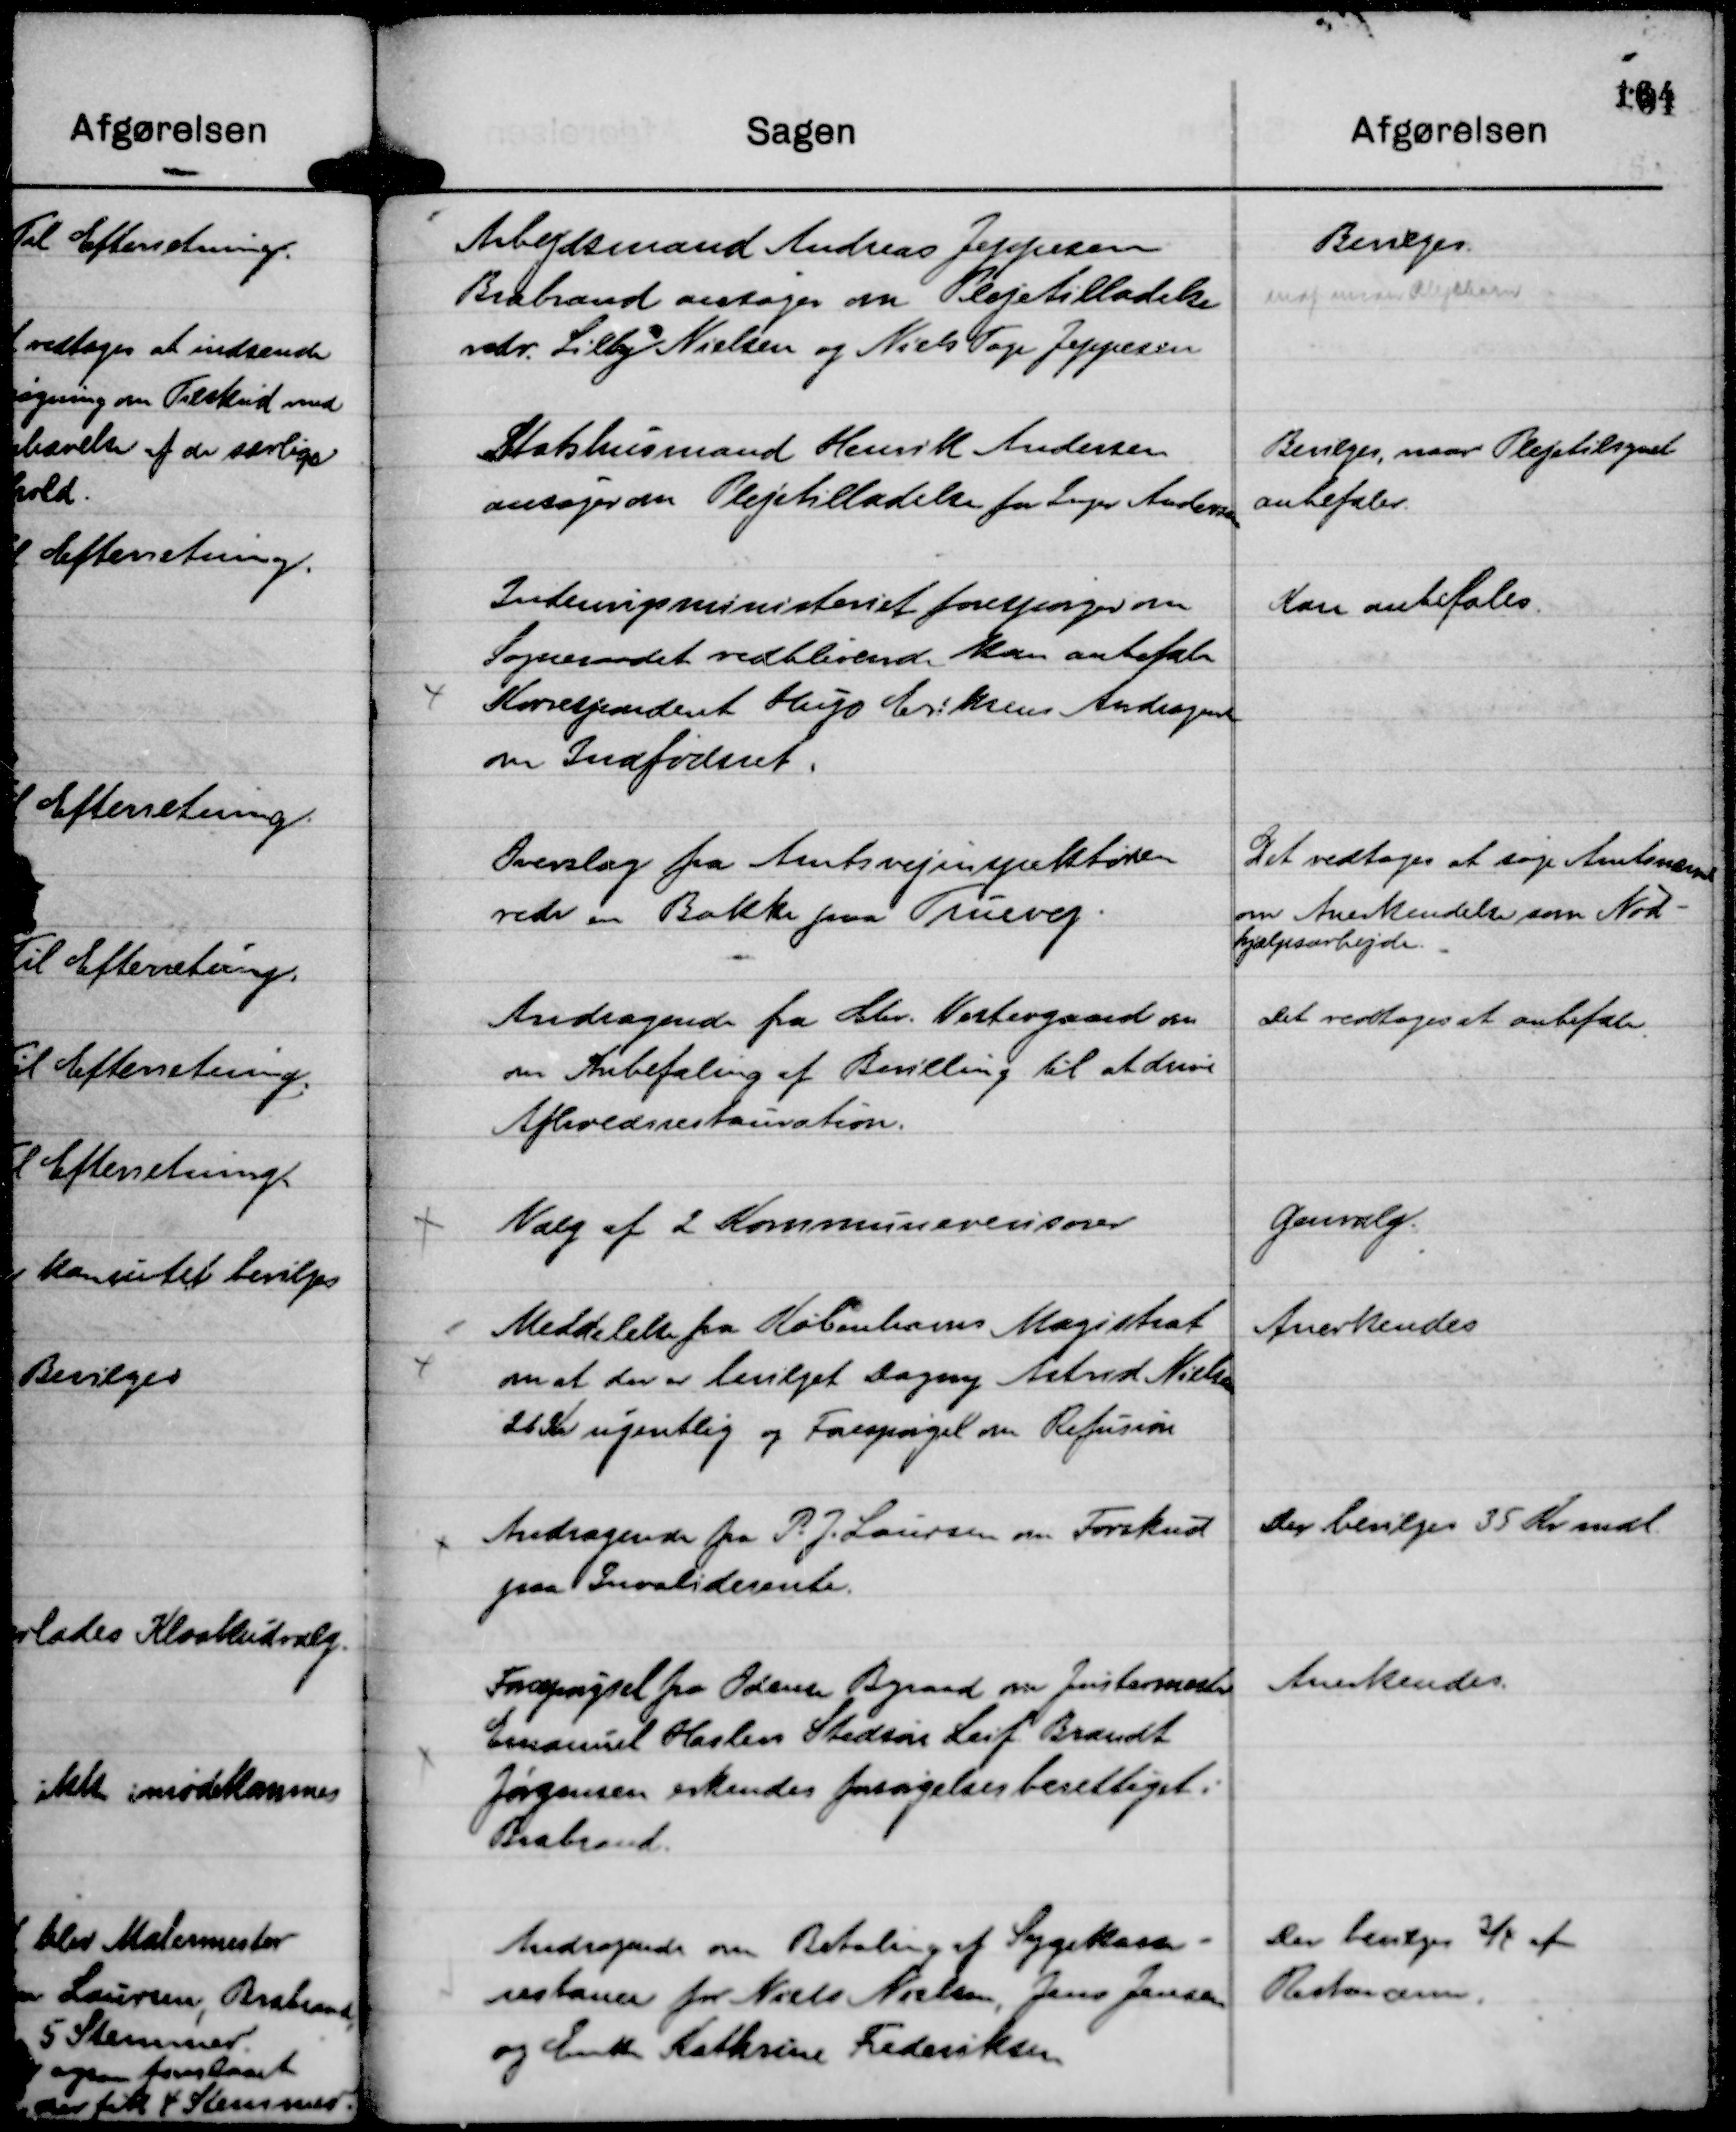
Transskription:
Arbejdsmand Andreas Jeppesen
Brabrand ansøger om Plejetilladelse
vedr. Lilly Nielsen og Niels Tage Jeppesen

Bevilges
deraf meder Plejebarn

Statshusmand Henrik Andersen
ansøger om Plejetilladelse for Inger Andersen

Bevilges, naar Plejetilsynet
anbefaler.

Indenrigsministeriet forespørger om
Sogneraadet vedblivende kan anbefale
Korrespondent Hugo Eriksens Andragende
om Indfødsret.

Kan anbefales.

Overslag fra Amtsvejinspektøren
vedr en Bakke paa Truevej.

Det vedtoges at søge Amtsnævnet
om Anerkendelse som Nød-
hjælpsarbejde.

Andragende fra Chr. Vestergaard om
om Anbefaling af Bevilling til at drive
Afholdsrestauration.

Det vedtoges at anbefale.

Valg af 2 Kommunerevisorer

Genvalg.

Meddelelse fra Københavns Magistrat
om at der er bevilget Dagny Astrid Nielsen
26 Kr ugentlig og Forespørgel om Refusion

Anerkendes

Andragende fra P. J. Laursen om Forskud
paa Invaliderente.

Der bevilges 35 Kr mdl.

Forespørgsel fra Odense Byraad om Justermester
Emanuel Haslevs Stedsøn Leif Brandt
Jørgensen erkendes forsørgelsesberettiget i
Brabrand.

Anerkendes.

Andragende om Betaling af Sygekasse-
restance for Niels Nielsen, Jens Jensen
og Enke Kathrine Frederiksen

Der bevilges ¾ af
Restancen.